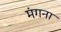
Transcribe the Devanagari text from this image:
मंगना